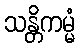
သန္တိကမ္မံ